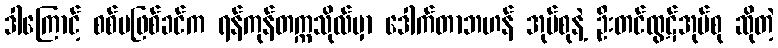
ဒါကြောင့် စစ်မဖြစ်ခင်က ရန်ကုန်တက္ကသိုလ်မှာ ဒေါက်တာဘဟန် အုပ်စုနဲ့ ဦးတင်ထွဋ်အုပ်စု ဆိုတဲ့